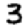
Digit: 3